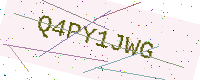
Text: Q4PY1JWG